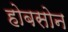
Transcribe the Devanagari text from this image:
होबसोन